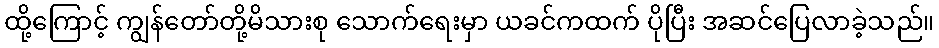
ထို့ကြောင့် ကျွန်တော်တို့မိသားစု သောက်ရေးမှာ ယခင်ကထက် ပိုပြီး အဆင်ပြေလာခဲ့သည်။